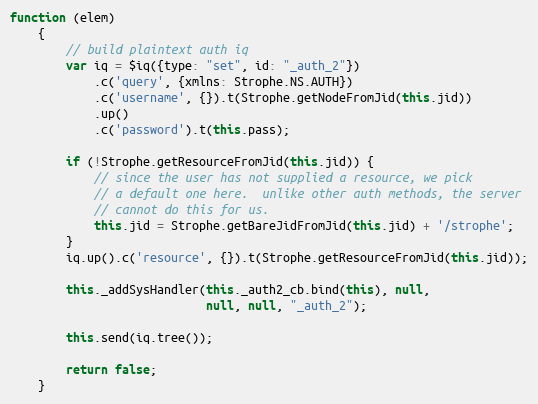
Language: JavaScript
function (elem)
    {
        // build plaintext auth iq
        var iq = $iq({type: "set", id: "_auth_2"})
            .c('query', {xmlns: Strophe.NS.AUTH})
            .c('username', {}).t(Strophe.getNodeFromJid(this.jid))
            .up()
            .c('password').t(this.pass);

        if (!Strophe.getResourceFromJid(this.jid)) {
            // since the user has not supplied a resource, we pick
            // a default one here.  unlike other auth methods, the server
            // cannot do this for us.
            this.jid = Strophe.getBareJidFromJid(this.jid) + '/strophe';
        }
        iq.up().c('resource', {}).t(Strophe.getResourceFromJid(this.jid));

        this._addSysHandler(this._auth2_cb.bind(this), null,
                            null, null, "_auth_2");

        this.send(iq.tree());

        return false;
    }